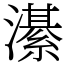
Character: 濝